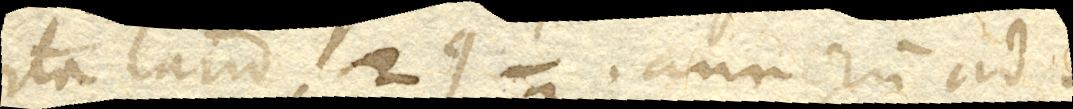
ita. annorum ad